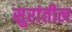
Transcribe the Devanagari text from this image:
सुरांतील